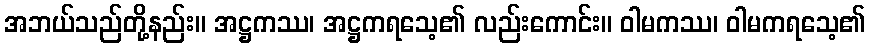
အဘယ်သည်တို့နည်း။ အဋ္ဌကဿ၊ အဋ္ဌကရသေ့၏ လည်းကောင်း။ ဝါမကဿ၊ ဝါမကရသေ့၏